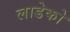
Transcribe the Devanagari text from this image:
लाडेको